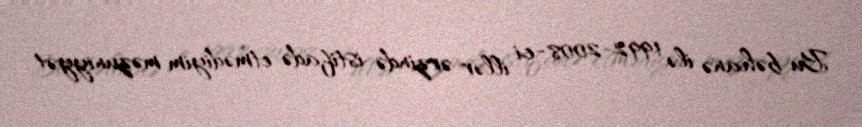
Bu bəhanə ilə 1992-2008-ci illər ərzində istifadə etmədiyim məzuniyyət